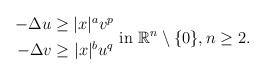
\begin{align*}\begin{aligned} - \Delta u\geq |x|^a v^p \\ -\Delta v\geq |x|^b u^q \end{aligned} \mbox{ in } \mathbb{R}^n\setminus\{0\}, n\geq 2.\end{align*}